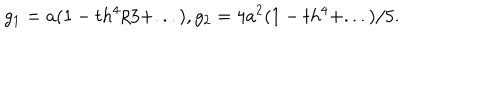
g _ { 1 } = a ( 1 - t h ^ { 4 } / 3 + . . . ) , g _ { 2 } = 4 a ^ { 2 } ( 1 - t h ^ { 4 } + . . . ) / 5 .